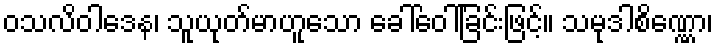
ဝသလိဝါဒေန၊ သူယုတ်မာဟူသော ခေါ်ဝေါ်ခြင်းဖြင့်။ သမုဒါစိဏ္ဏော၊